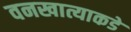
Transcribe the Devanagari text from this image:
वनखात्याकडे